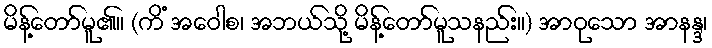
မိန့်တော်မူ၏။ (ကိံ အဝေါစ၊ အဘယ်သို့ မိန့်တော်မူသနည်း။) အာဝုသော အာနန္ဒ၊